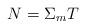
LaTeX: \begin{align*}N=\Sigma_{m}T\end{align*}